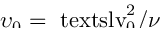
\smash { \upsilon _ { 0 } = \ensuremath { \mathrm { \ t e x t s l { v } } _ { 0 } } ^ { 2 } / \nu }